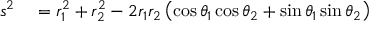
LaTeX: \begin{array} { r l } { s ^ { 2 } } & { { } = r _ { 1 } ^ { 2 } + r _ { 2 } ^ { 2 } - 2 r _ { 1 } r _ { 2 } \left( \cos \theta _ { 1 } \cos \theta _ { 2 } + \sin \theta _ { 1 } \sin \theta _ { 2 } \right) } \end{array}